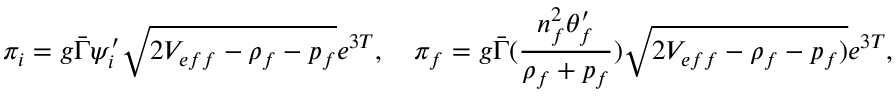
\pi _ { i } = g \bar { \Gamma } \psi _ { i } ^ { \prime } \sqrt { 2 V _ { e f f } - \rho _ { f } - p _ { f } } e ^ { 3 T } , \ \ \ \pi _ { f } = g \bar { \Gamma } ( { \frac { n _ { f } ^ { 2 } \theta _ { f } ^ { \prime } } { \rho _ { f } + p _ { f } } } ) \sqrt { 2 V _ { e f f } - \rho _ { f } - p _ { f } ) } e ^ { 3 T } ,